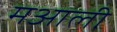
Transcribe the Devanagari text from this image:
मआली